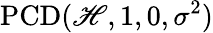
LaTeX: \operatorname{PCD}(\mathscr{H},1,0,\sigma^{2})